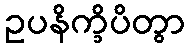
ဥပနိက္ခိပိတွာ